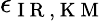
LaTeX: \epsilon_{\mathrm{~I~R~,~K~M~}}